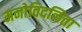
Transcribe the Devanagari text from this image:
मनोविदलिता